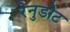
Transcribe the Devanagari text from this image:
रेनुडोट